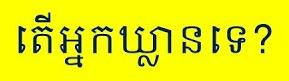
តើអ្នកឃ្លានទេ?